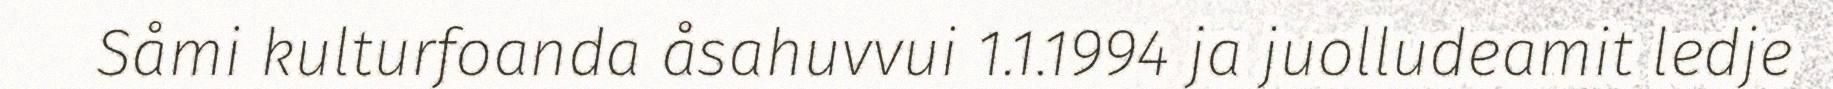
Såmi kulturfoanda åsahuvvui 1.1.1994 ja juolludeamit ledje